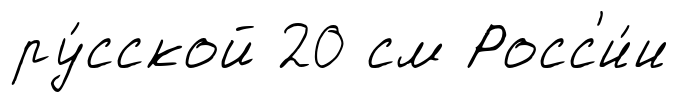
ру́сской 20 см Росс'и́и